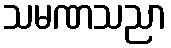
သမဏသညာ